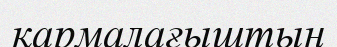
қармалағыштың